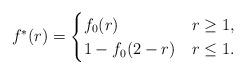
LaTeX: \begin{align*}f^*(r)=\begin{cases}f_0(r) & r\geq 1,\\1-f_0(2-r) & r\leq 1.\end{cases}\end{align*}